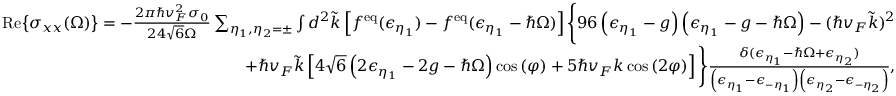
\begin{array} { r l r } & { } & { \mathrm { R e } { \left\{ \sigma _ { x x } ( \Omega ) \right\} } = - \frac { 2 \pi \hbar v _ { F } ^ { 2 } \sigma _ { 0 } } { 2 4 \sqrt { 6 } \Omega } \sum _ { \eta _ { 1 } , \eta _ { 2 } = \pm } \int d ^ { 2 } \tilde { k } \left[ f ^ { \mathrm { e q } } ( \epsilon _ { \eta _ { 1 } } ) - f ^ { \mathrm { e q } } ( \epsilon _ { \eta _ { 1 } } - \hbar \Omega ) \right] \Bigg \{ 9 6 \left( \epsilon _ { \eta _ { 1 } } - g \right) \left( \epsilon _ { \eta _ { 1 } } - g - \hbar \Omega \right) - ( \hbar v _ { F } \tilde { k } ) ^ { 2 } } \\ & { } & { + \hbar v _ { F } \tilde { k } \left[ 4 \sqrt { 6 } \left( 2 \epsilon _ { \eta _ { 1 } } - 2 g - \hbar \Omega \right) \cos { ( \varphi ) } + 5 \hbar v _ { F } k \cos { ( 2 \varphi ) } \right] \Bigg \} \frac { \delta ( \epsilon _ { \eta _ { 1 } } - \hbar \Omega + \epsilon _ { \eta _ { 2 } } ) } { \left( \epsilon _ { \eta _ { 1 } } - \epsilon _ { - \eta _ { 1 } } \right) \left( \epsilon _ { \eta _ { 2 } } - \epsilon _ { - \eta _ { 2 } } \right) } , } \end{array}